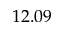
1 2 . 0 9